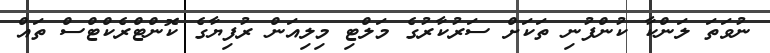
ނުވަތަ ލަންކާ ކުންފުނި ތަކަށް ސަރުކާރުގެ މަލްޓި މިލިއަން ރުފިޔާގެ ކޮންޓްރެކްޓްސް ތައް